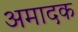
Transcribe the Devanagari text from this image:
अमादक